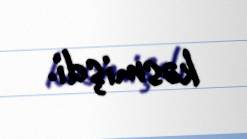
kəsmişdi.